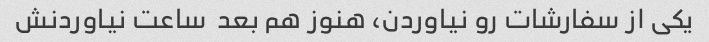
یکی از سفارشات رو نیاوردن، هنوز هم بعد  ساعت نیاوردنش